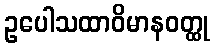
ဥပေါသထာဝိမာနဝတ္ထု